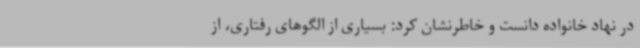
در نهاد خانواده دانست و خاطرنشان کرد: بسیاری از الگوهای رفتاری، از